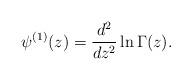
LaTeX: \begin{align*}\psi^{(1)} (z) = \frac{d^2}{dz^2} \ln \Gamma (z).\end{align*}